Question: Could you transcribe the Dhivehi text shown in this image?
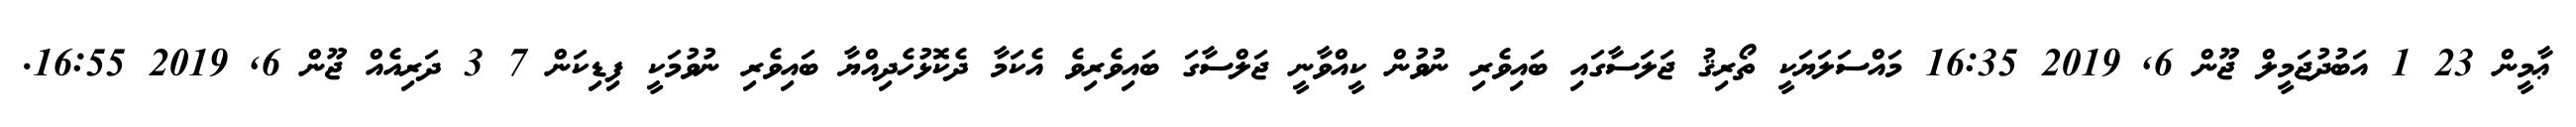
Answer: ޢާމީން 23 1 އަބުދުޖަމީލް ޖޫން 6, 2019 16:35 މައްސަލަޔަކީ ތޯރިޤު ޖަލަސާގައި ބައިވެރި ނުވުން ކީއްވާނީ ޖަލްސާގަ ބައިވެރިވެ އެކަމާ ދެކޮޅުހެދިއްޔާ ބައިވެރި ނުވުމަކީ ފިޑިކަން 7 3 ދަރިއެއް ޖޫން 6, 2019 16:55.